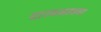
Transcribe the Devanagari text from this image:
दास्यभावना